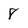
Character: 8